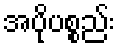
အပိုပစ္စည်း